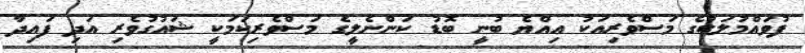
ފުވައްމުލަކުގެ މަސްވެރިއަކު އިއްޔެ ބުނީ ބޮޑު ކަންނެލީގެ މަސްވެރިކަމަކީ ޝައުގުވެރި އަދި ފައިދާ